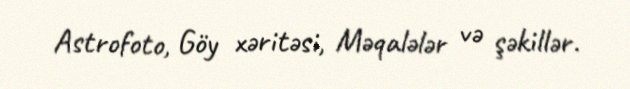
Astrofoto, Göy xəritəsi, Məqalələr və şəkillər.